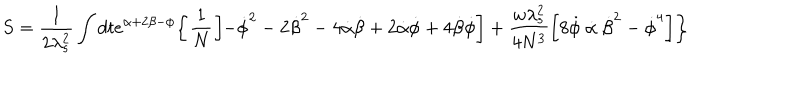
LaTeX: S = \frac { 1 } { 2 \lambda _ { s } ^ { 2 } } \int d t e ^ { \alpha + 2 \beta - \phi } \biggl \{ \frac { 1 } { N } \biggl [ - \dot { \phi } ^ { 2 } - 2 \dot { \beta } ^ { 2 } - 4 \dot { \alpha } \dot { \beta } + 2 \dot { \alpha } \dot { \phi } + 4 \dot { \beta } \dot { \phi } \biggr ] + \frac { w \lambda _ { s } ^ { 2 } } { 4 N ^ { 3 } } \biggl [ 8 \dot { \phi } ~ \dot { \alpha } ~ \dot { \beta } ^ { 2 } - \dot { \phi } ^ { 4 } \biggr ] \biggr \}